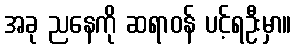
အခု ညနေကို ဆရာဝန် ပင့်ရဦးမှာ။